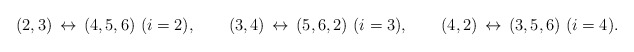
\begin{align*} (2,3) \, \leftrightarrow \, (4,5,6) \ (i=2), \qquad (3,4) \, \leftrightarrow \, (5,6,2) \ (i=3), \qquad (4,2) \, \leftrightarrow \, (3,5,6) \ (i=4).\end{align*}